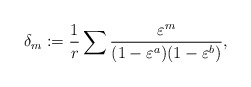
\begin{align*}\delta_m:=\frac{1}{r}\sum\frac{\varepsilon^m}{(1-\varepsilon^a)(1-\varepsilon^b)},\end{align*}